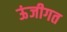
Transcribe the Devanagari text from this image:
ऊंजीगत